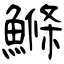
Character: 鰷